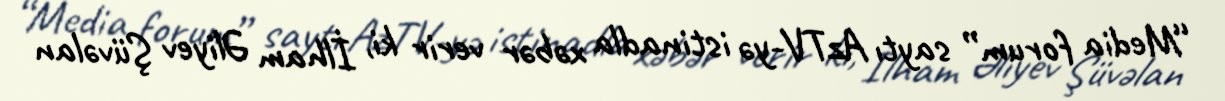
“Media forum” saytı AzTV-yə istinadla xəbər verir ki, İlham Əliyev Şüvəlan